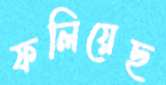
ফলিয়েছ